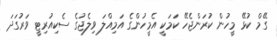
ގޭމް ކުޅޭ މީހުން ކުރަންޖެހޭ ކަމަކީ އެމީހުންގެ އަމިއްލަ ވިލެޖުގެ ސެކިއުރިޓީ ވަރުގަދަ